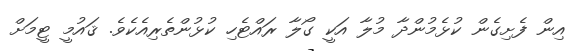
އިން ފެށިގެން ކުޅެމުންދާ މުލާ އަކީ ގޯލާ ރައްޓެހި ކުޅުންތެރިއެކެވެ. ޤައުމީ ޓީމަށް